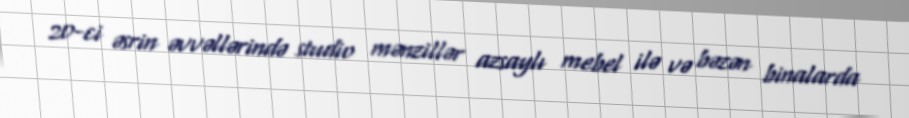
20-ci əsrin əvvəllərində studio mənzillər azsaylı mebel ilə və bəzən binalarda